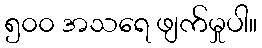
၅၀၀ အသရေ ဖျက်မှုပါ။